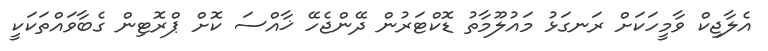
އެލާޖިކް ވާމީހަކަށް ރަނގަޅު މައުލޫމާތު ޑޮކްޓަރުން ދޭންޖެހޭ ޚާއްސަ ކޮށް ޕްރޮޓިން ގެބާވައްތަކަކީ